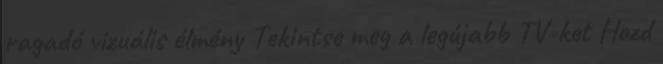
ragadó vizuális élmény Tekintse meg a legújabb TV-ket Hozd